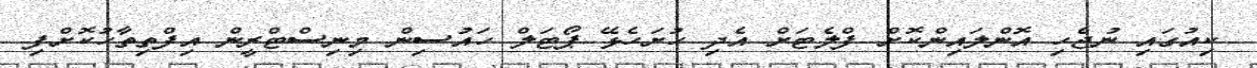
ކިއުގައި ނުޖެހި އޮންލައިންކޮށް ފްލެޓަށް އެދި ހުށަހެޅޭ ޕޯޓަލް ހައުސިން މިނިސްޓްރީން އިފްތިތާހުކޮށްފި